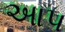
આ૫